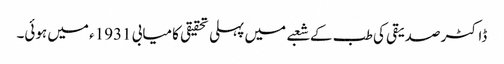
ڈاکٹر صدیقی کی طب کے شعبے میں پہلی تحقیقی کامیابی 1931ء میں ہوئی۔